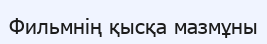
Фильмнің қысқа мазмұны